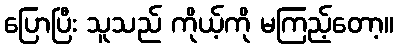
ပြောပြီး သူသည် ကိုယ့်ကို မကြည့်တော့။